Lock hospitals Punjab
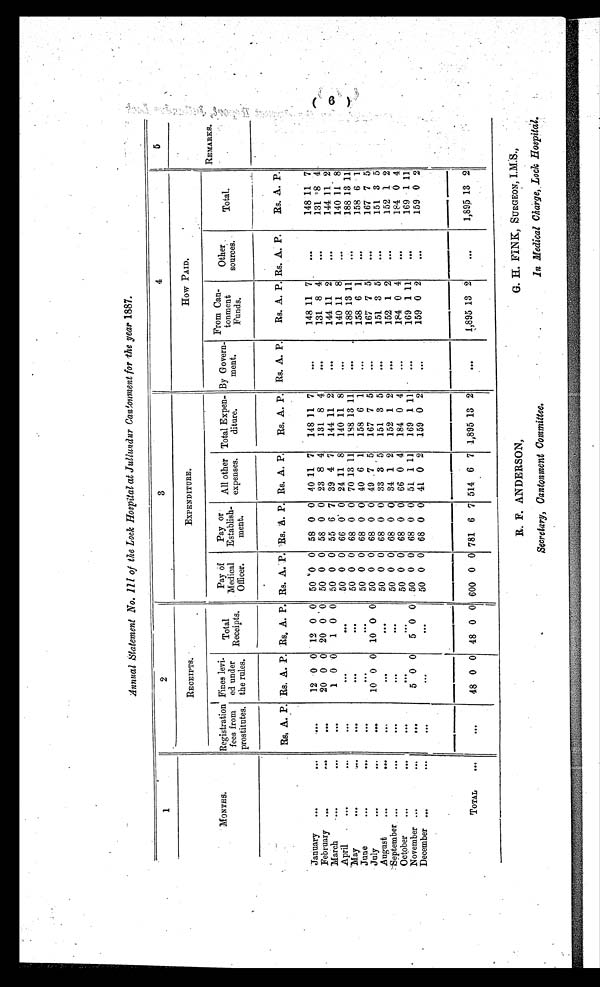
R. F. ANDERSON,
Secretary, Cantonment Committee.
G. H. FINK, SURGEON, I.M.S.,
In Medical Charge, Lock Hospital.
Annual Statement No. III of the Lock Hospital at Jullundur Cantonment for the year 1887.
1
2
3
4
5
MONTHS.
RECEIPTS.
EXPENDITURE.
How PAID.
REMARKS.
Registration
fees from
prostitutes.
Fines levi-
ed under
the rules.
Total
Receipts.
Pay of
Medical
Officer.
Pay or
Establish-
ment.
All other
expenses.
Total Expend-
diture.
By Govern-
ment.
From Can-
tonment
Funds.
Other
sources.
Total.
Rs. A. P. Rs. A. P.
R s . A. P. Rs. A. P. Rs. A. P. Rs. A. P.
Rs. A. P. Rs. A. P.
Rs. A. P. Rs. A. P.
Rs. A. P.
January
...
...
. . .
12 0 0 12 0
0 50 0 0 58 0 0 40 11 7
148 11 7
...
148 11 7
...
148 11 7
February ...
. . .
. . .
20 0 0 20 0 0 50 0 0 58 0 0 23 8 4
131 8 4
...
131 8 4
...
131
8 4
March ...
. . .
. . .
1 0 0
1 0 0 50 0 0 55 6 7 39 4 7
144 11 2
...
144 11 2
. . .
144 11 2
April . . .
. . .
. . . .
. . . . .
. . . . . .
50 0 0 66
0 0 24 11 8
140 11 8
...
140 11 8
. . . .
140 11 8
May
. . .
...
. . .
. . .
. . .
50 0 0 68 0 0 70 13 11
188 13 11
...
188 13 11
. . .
188 13 11
June
. . .
. . .
. . .
. . .
50 0 0 68 0 0 40 6 1
158 6 1
. . . 158 6 1
. . .
158 6 1
July
. . .
. . .
. . . . . .
10 0 0 10 0 0 50 0 0 68 0 0 49 7 5
167 7 5
...
167 7 5
...
167 7 5
August ....
. . . .
. . .
. . . . . .
. . .
50 0 0 68 0 0 33 3 5
151 3 5
...
151 3 5
...
151 3 5
September ...
. . .
. . .
. . .
. . .
50 0 0 68 0 0 34 1 2
152 1 2
...
152 1 2
...
152 1 2
October ...
. . .
. . .
. . .
. . .
50 0 0 68 0 0 66 0 4
184 0 4
...
184 0 4
. . .
184 0 4
November . . .
...
. . .
5 0 0
5 0 0 50 0 0 68 0 0 51 1 11
169 1 11
...
169 1 11
...
169 1 11
December ...
. . .
. . .
. . .
. . .
50 0 0 68 0 0 41 0 2
159 0 2
...
159 0 2
...
159 0 2
TOTAL
. . .
. . .
48 0 0 48 0 0 600 0 0 781 6 7 514 6 7 1,895 13 2
...
1 , 8 9 5
13
2
. . .
1,895 13 2